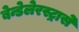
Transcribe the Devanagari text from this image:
बेन्डेलेरस्ट्रासे